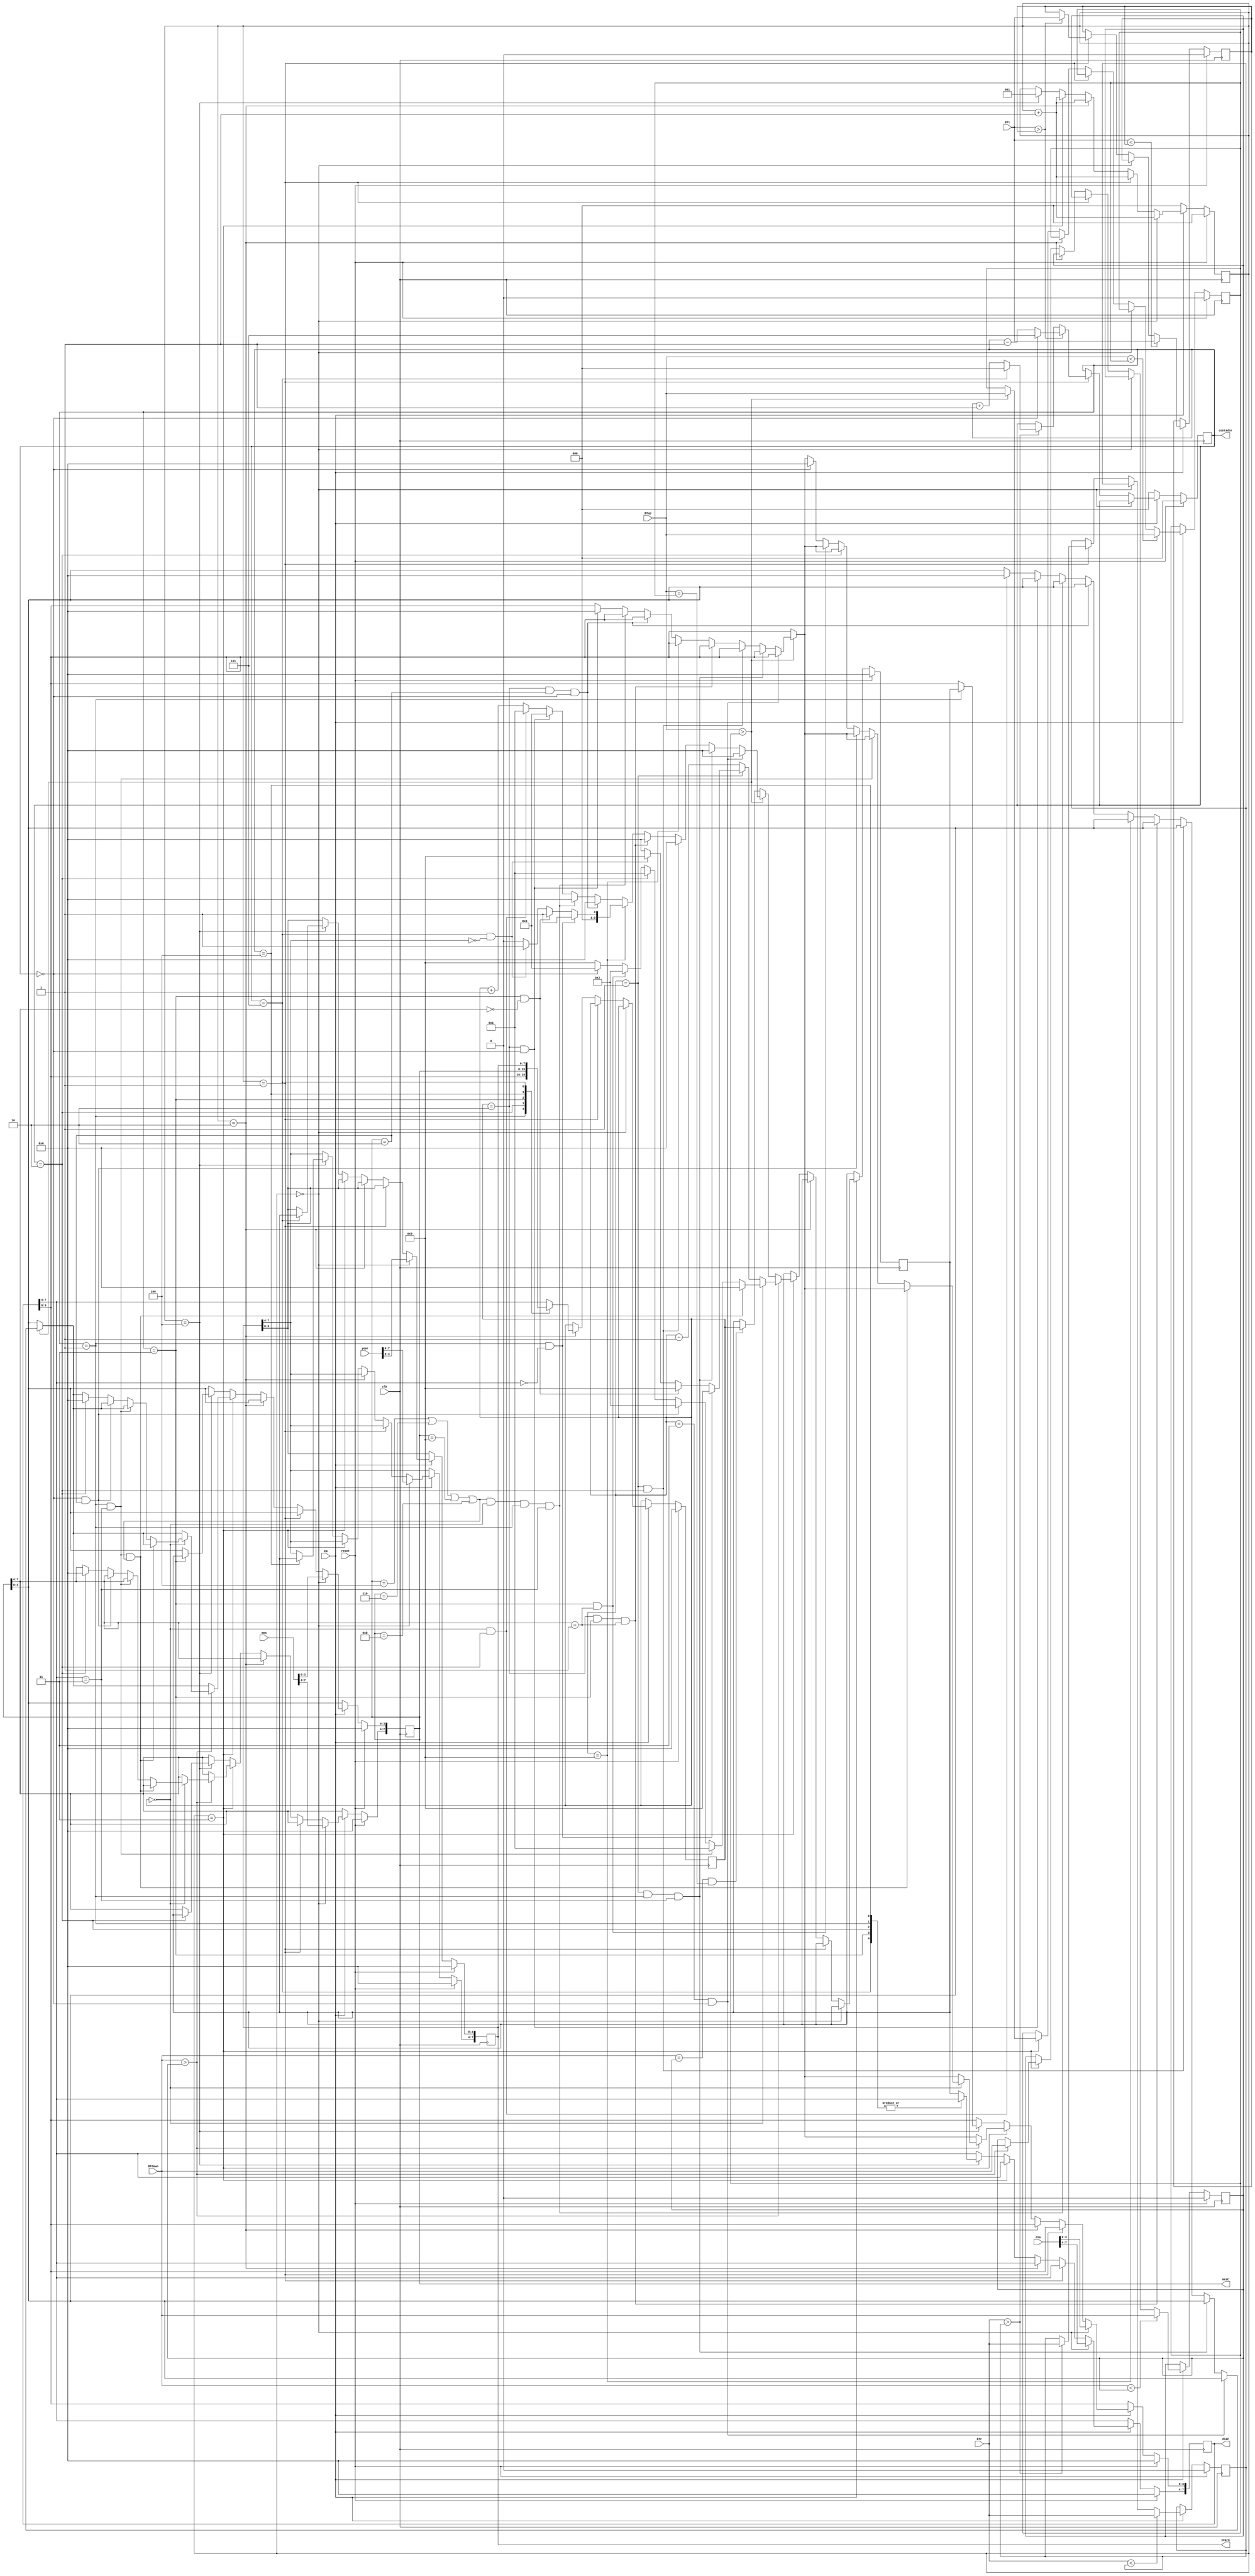
`timescale 1ns / 1ps
//////////////////////////////////////////////////////////////////////////////////
// Company: 
// Engineer: 
// 
// Design Name: 
// Module Name:    CHora 
// Project Name: 
// Target Devices: 
// Tool versions: 
// Description: 
//
// Dependencies: 
//
// Revision: 
// Revision 0.01 - File Created
// Additional Comments: 
//
//////////////////////////////////////////////////////////////////////////////////
module CFecha(
    input [7:0] dia,
    input [7:0] mes,
    input [7:0] year,
	 input EN,
    input BTup,
    input BTdown,
    input BTl,
    input BTr,
	 input clk,
	 input reset,
    output reg [7:0] diaC,
    output reg [7:0] mesC,
    output reg [7:0] yearC,
	 output reg [2:0]contador
    );
	 
	 reg [2:0]step;
	 reg BTupref;
	 reg BTdownref;
	 reg BTlref;
	 reg BTrref;
	 reg [3:0] varin;
	 reg [3:0] varout;
	 
always @(posedge clk)
begin
	if (reset)
	begin
		contador<=0;
		step<=0;
		BTupref<=0;
		BTdownref<=0;
	   BTlref<=0;
	   BTrref<=0;
		diaC<=0;
		mesC<=0;
		yearC<=0;
		varout<=0;
		varin<=0;
		
		
	end
	else if (EN)
	begin
		
	if (step==0)
	begin
		diaC<=dia;
		mesC<=mes;
		yearC<=year;
		step<=step+1'b1;
	end
		
	else if (step==1)
		begin
		if (BTr>BTrref)
		begin
			if (contador==5)
			contador<=0;
			else contador<=contador+1'b1;
			BTrref<=BTr;
			
		end
		
		
		if (BTl>BTlref)
		begin
			if (contador==0)
			contador<=5;
			else contador<=contador-1'b1;
			BTlref<=BTl;
			
		end
		
		step<=step+1'b1;
		end
		
		else if (step==2)
			begin
			case (contador)
			3'b000: varin<=diaC[7:4];
			3'b001: varin<=diaC[3:0];
			3'b010: varin<=mesC[7:4];
			3'b011: varin<=mesC[3:0];
			3'b100: varin<=yearC[7:4];
			3'b101: varin<=yearC[3:0];
			default varin<=diaC[7:4];
			endcase
			step<=step+1'b1;
			end
		else if (step==3)
		begin
		if (BTdown==BTdownref && BTup==BTupref)
		varout<=varin;
		
		if (BTup>BTupref)
		begin
			if (varin==3 && contador==0)varout<=0;
			else if (varin==1&&contador==1&&diaC[7:4]==3)varout<=0;
			else if(varin==1 && contador==2)varout<=0;
			else if (varin==2 &&contador==3&&mesC[7:4]==1)varout<=0;
			else if (varin==9)
				begin
				if (contador==1&&diaC[7:4]==0)varout<=1;
				else if (contador==3&&mesC[7:4]==0)varout<=1;
				else if (contador==5&&yearC[7:4]==0)varout<=1;
				else varout<=0;
				end
			else if (varin==2 && mesC==2 && contador==0) varout<=0;
			else if ((mesC==4 || mesC==6 || mesC==9 || mesC==11)&&varin==0&&contador==1&&diaC[7:4]==3)varout<=0;
			else if (varin==2&&contador==0)
				begin
				varout<=3;
				diaC[3:0]<=0;
				end
			else if(varin==0 && contador==2)
				begin
				varout<=1;
				mesC[3:0]<=0;
				end
			else varout<=varin+1'b1;
			BTupref<=BTup;
		end
		
		
		if (BTdown>BTdownref)
		begin
			if (varin==0)
			begin
			if (contador==1&&diaC[7:4]==3&&(mesC==4 || mesC==6 || mesC==9 || mesC==11))varout<=0;
			else if (contador==1&&diaC[7:4]==3)varout<=1;
			else if(contador==0&&mesC==2)varout<=2;
			else if (contador==2)
				begin
				varout<=1;
				mesC<=0;
				end
			else if (contador==3&&mesC[7:4]==1)varout<=2;
			else if (contador==0)
				begin
				varout<=3;
				diaC[3:0]<=0;
				end
			else varout<=9;
			end
			else if (varin==1)
				begin
				if (contador==1&&diaC[7:4]==0)varout<=9;
				else if (contador==3&&mesC[7:4]==0)varout<=9;
				else if (contador==5&&yearC[7:4]==0)varout<=9;
				else if (contador==1&&diaC[7:4]!=0)varout<=0;
				else varout<=0;
				end
			else varout<=varin-1'b1;
			BTdownref<=BTdown;
			
		end
		step<=step+1'b1;
		end
		
		else if (step==4)
		begin
		case (contador)
			3'b000: diaC[7:4]<=varout;
			3'b001: diaC[3:0]<=varout;
			3'b010: mesC[7:4]<=varout;
			3'b011: mesC[3:0]<=varout;
			3'b100: yearC[7:4]<=varout;
			3'b101: yearC[3:0]<=varout;
			default diaC[7:4]<=varout;
		endcase
		step<=1;
		end
		
		if (BTup<BTupref)
			BTupref<=BTup;
		if (BTdown<BTdownref)
			BTdownref<=BTdown;
		if (BTr<BTrref)
			BTrref<=BTr;
		if (BTl<BTlref)
			BTlref<=BTl;
		
		
	end
	else 
	begin
	step<=0;
	contador<=0;
	end
end
endmodule